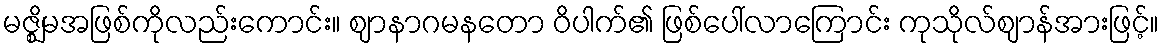
မဇ္ဈိမအဖြစ်ကိုလည်းကောင်း။ ဈာနာဂမနတော ဝိပါက်၏ ဖြစ်ပေါ်လာကြောင်း ကုသိုလ်ဈာန်အားဖြင့်။